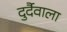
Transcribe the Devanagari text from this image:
दुर्दैवाला